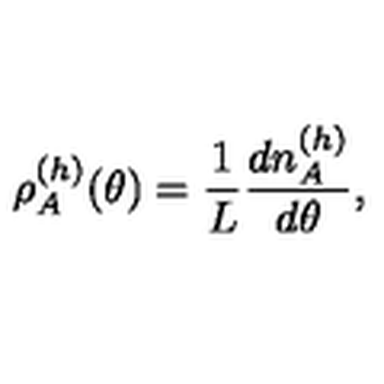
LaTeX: \rho _ { A } ^ { ( h ) } ( \theta ) = \frac { 1 } { L } \frac { d n _ { A } ^ { ( h ) } } { d \theta } ,